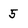
Character: 5